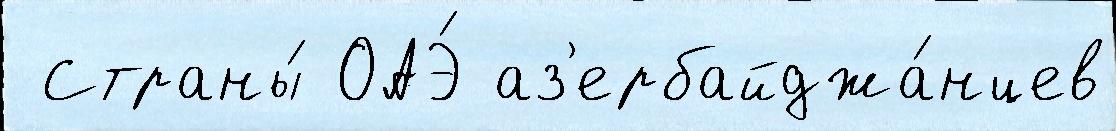
 Страны́ ОАЭ́ аз'ербайджа́нцев